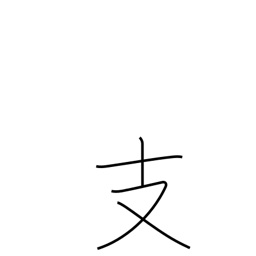
Meaning: branch radical (no. 65)